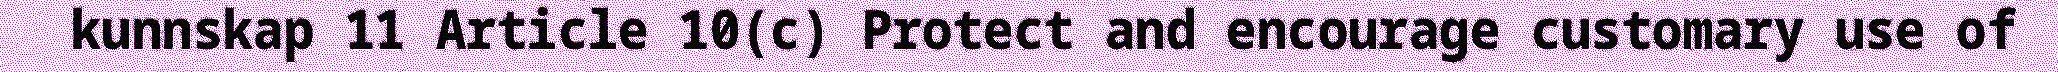
kunnskap 11 Article 10(c) Protect and encourage customary use of